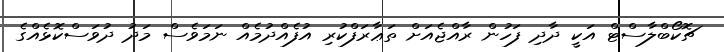
ޗޮކޯބްލާސްޓް އަކީ ދާދި ފަހުން ރާއްޖެއަށް ތަޢާރަފްކުރި އުފެއްދުމެއް ނަމަވެސް މަދު ދުވަސްކޮޅެއްގެ